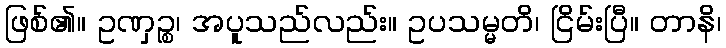
ဖြစ်၏။ ဥဏှဉ္စ၊ အပူသည်လည်း။ ဥပသမ္မတိ၊ ငြိမ်းပြီ။ တာနိ၊